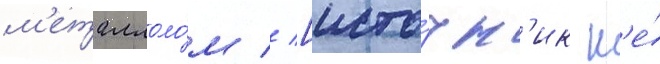
м'еталлоло́м // [исто́чн'ик н'е́